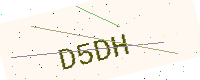
Text: D5DH